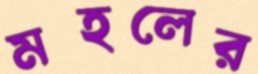
মহলের